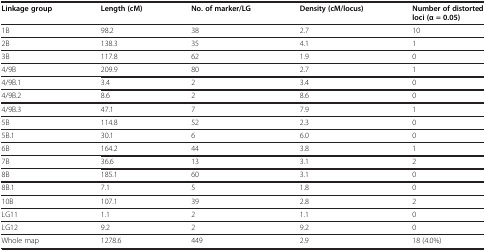
| Linkage group | Length (cM) | No. of marker/LG | Density (cM/locus) | Number of distorted loci (α = 0.05) |
 | --- | --- | --- | --- | --- |
 | 1B | 98.2 | 38 | 2.7 | 10 |
 | 2B | 138.3 | 35 | 4.1 | 1 |
 | 3B | 117.8 | 62 | 1.9 | 0 |
 | 4/9B | 209.9 | 80 | 2.7 | 1 |
 | 4/9B.1 | 3.4 | 2 | 3.4 | 0 |
 | 4/9B.2 | 8.6 | 2 | 8.6 | 0 |
 | 4/9B.3 | 47.1 | 7 | 7.9 | 1 |
 | 5B | 114.8 | 52 | 2.3 | 0 |
 | 5B.1 | 30.1 | 6 | 6.0 | 0 |
 | 6B | 164.2 | 44 | 3.8 | 1 |
 | 7B | 36.6 | 13 | 3.1 | 2 |
 | 8B | 185.1 | 60 | 3.1 | 0 |
 | 8B.1 | 7.1 | 5 | 1.8 | 0 |
 | 10B | 107.1 | 39 | 2.8 | 2 |
 | LG11 | 1.1 | 2 | 1.1 | 0 |
 | LG12 | 9.2 | 2 | 9.2 | 0 |
 | Whole map | 1278.6 | 449 | 2.9 | 18 (4.0%) |